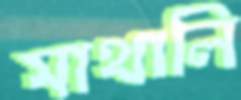
মাথালি